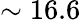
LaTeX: \sim 16.6